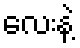
လေးနဲ့